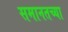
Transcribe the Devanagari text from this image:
समानतच्या